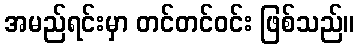
အမည်ရင်းမှာ တင်တင်ဝင်း ဖြစ်သည်။